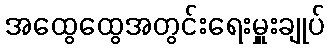
အထွေထွေအတွင်းရေးမှူးချုပ်